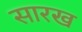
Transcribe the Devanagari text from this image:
सारख